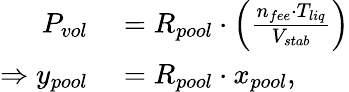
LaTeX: \begin{array}{rl}{P_{vol}}&{{}=R_{pool}\cdot\Big(\frac{n_{fee}\cdot T_{liq}}{V_{stab}}\Big)}\\ {\Rightarrow y_{pool}}&{{}=R_{pool}\cdot x_{pool},}\end{array}